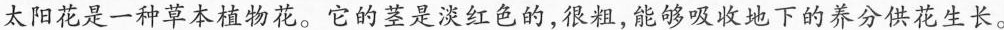
太阳花是一种草本植物花。它的茎是淡红色的，很粗，能够吸收地下的养分供花生长。